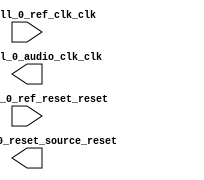

module audio_pll (
	audio_pll_0_audio_clk_clk,
	audio_pll_0_ref_clk_clk,
	audio_pll_0_ref_reset_reset,
	audio_pll_0_reset_source_reset);	

	output		audio_pll_0_audio_clk_clk;
	input		audio_pll_0_ref_clk_clk;
	input		audio_pll_0_ref_reset_reset;
	output		audio_pll_0_reset_source_reset;
endmodule